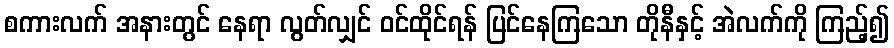
စကားလက် အနားတွင် နေရာ လွတ်လျှင် ဝင်ထိုင်ရန် ပြင်နေကြသော တိုနီနှင့် အဲလက်ကို ကြည့်၍